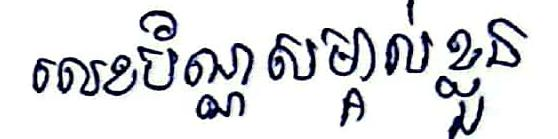
លេខប័ណ្ណសម្គាល់ខ្លួន